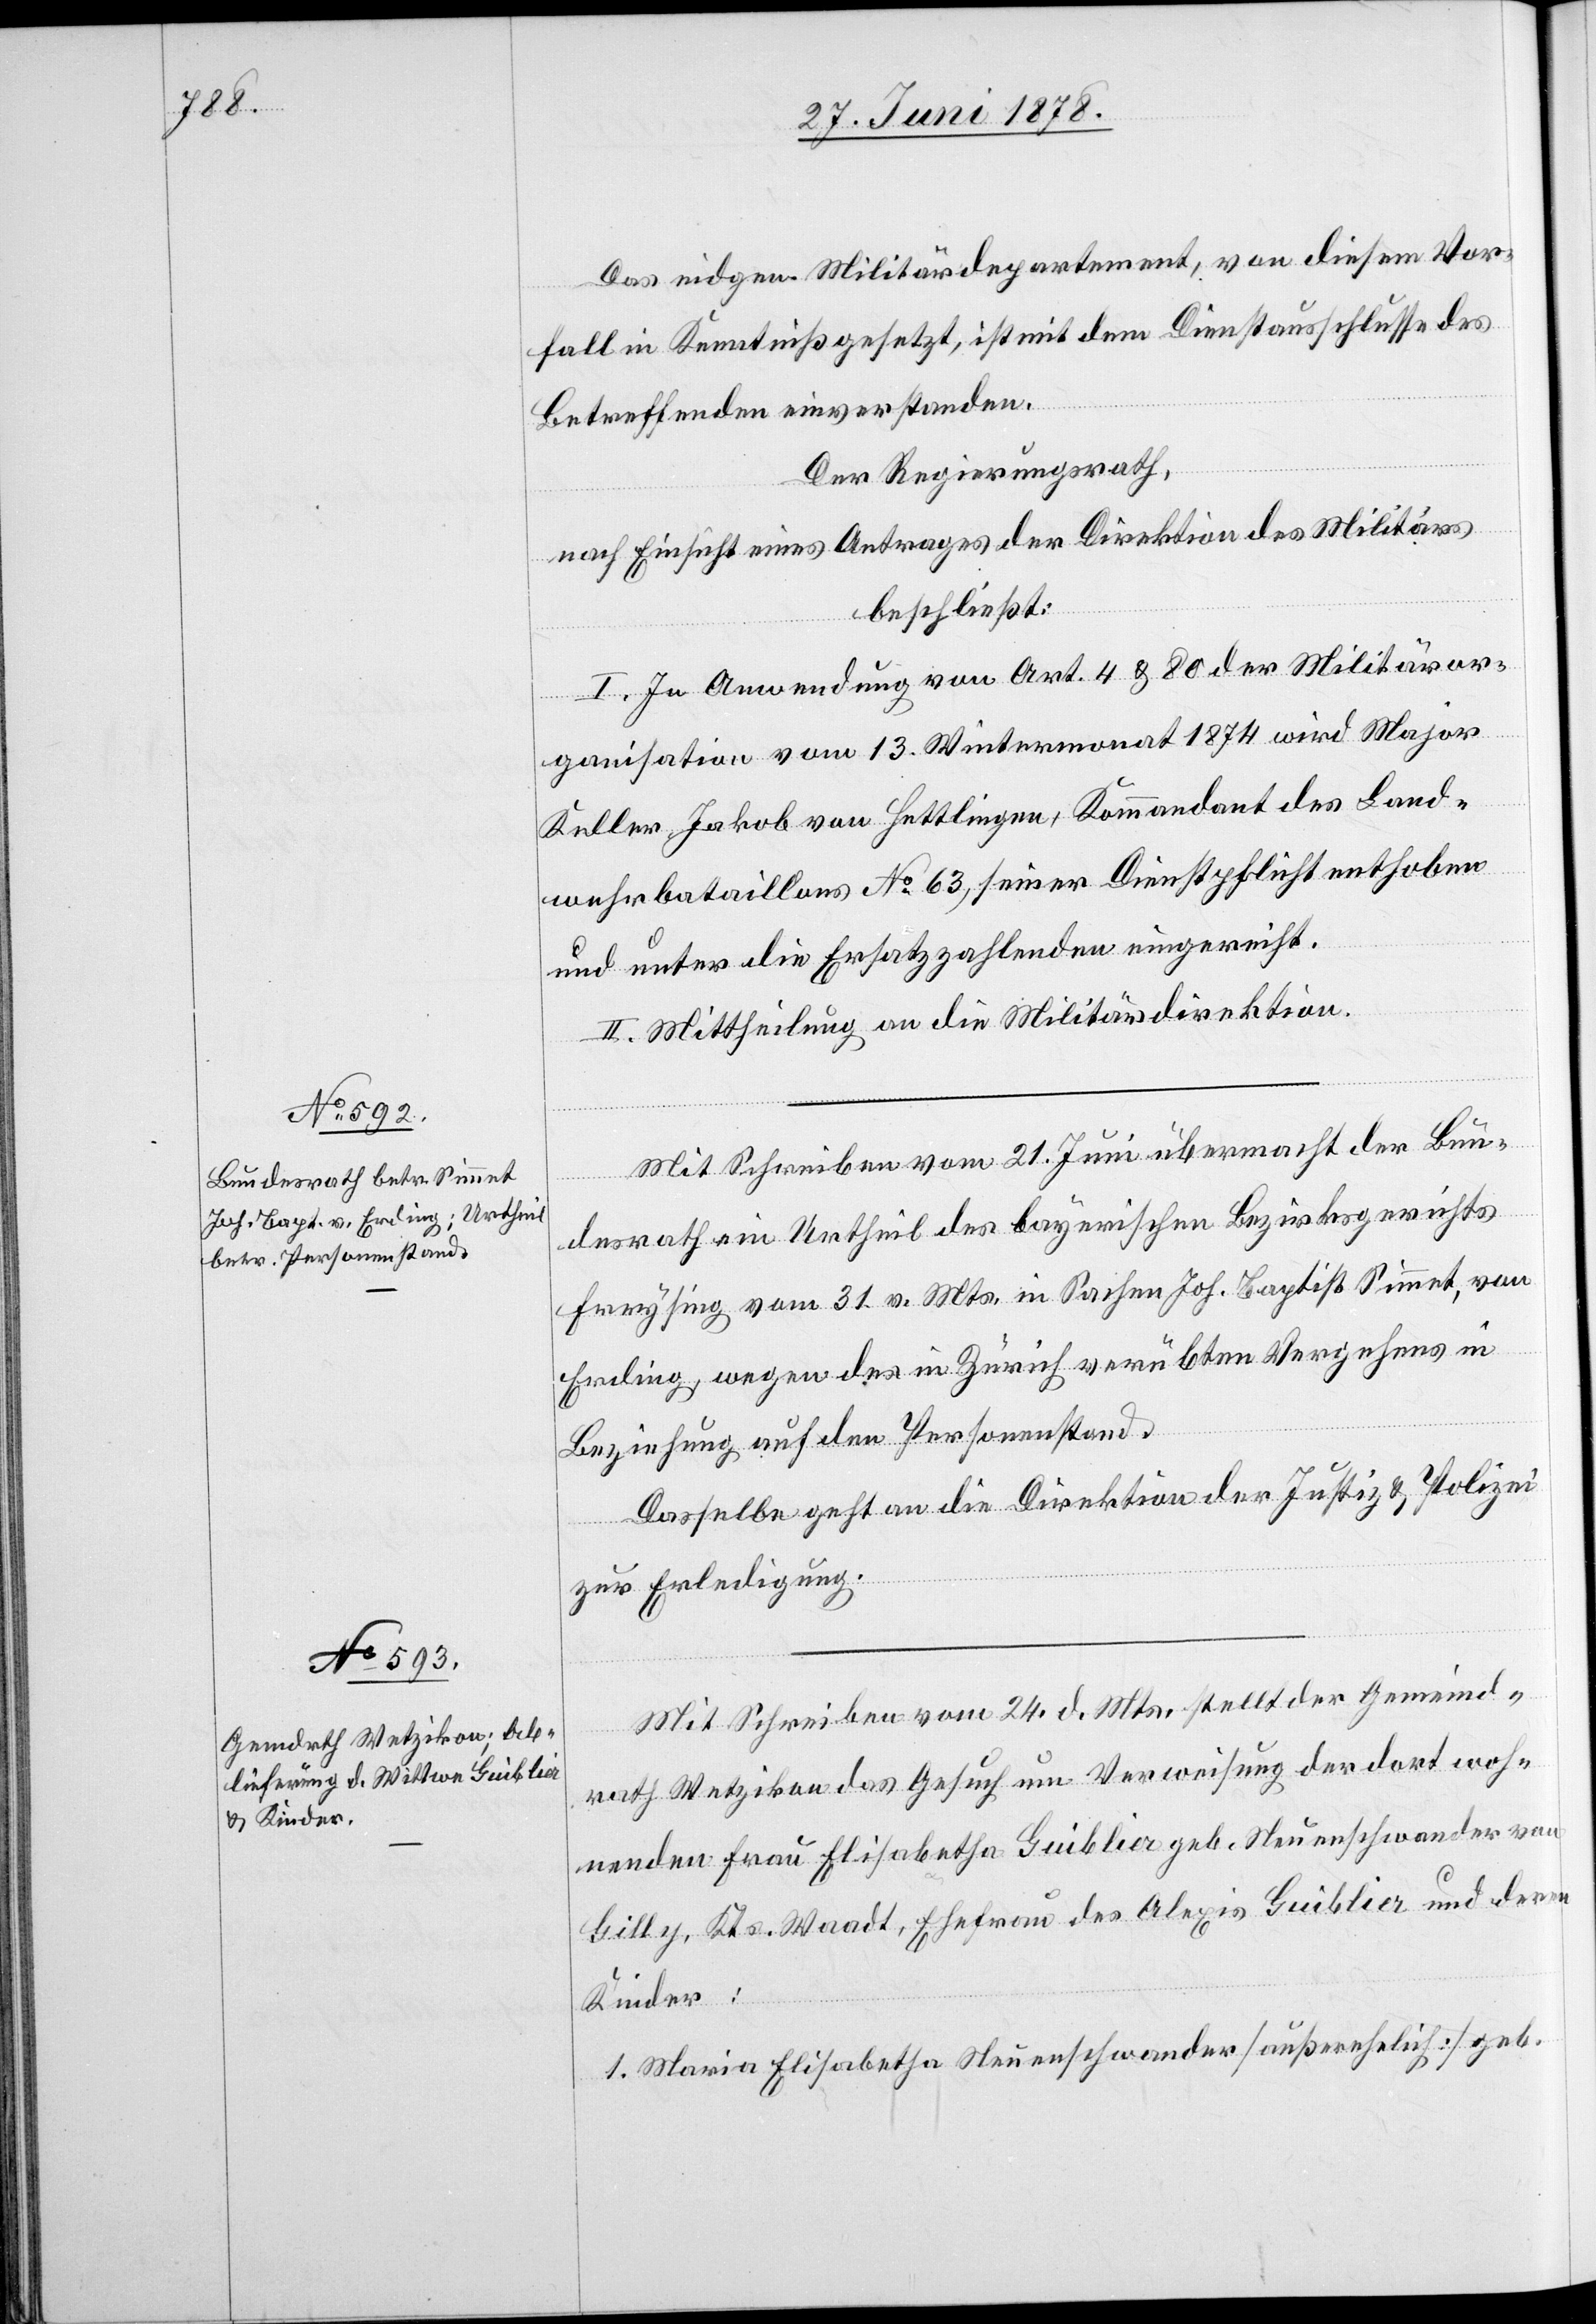
Das eidgen. Militärdepartement, von diesem Vor¬
fall in Kenntniß gesetzt, ist mit dem Dienstausschlusse des
Betreffenden einverstanden.
Der Regierungsrath,
nach Einsicht eines Antrages der Direktion des Militärs
beschließt:
I. In Anwendung von Art. 4 & 80 der Militäror¬
ganisation vom 13. Wintermonat 1874 wird Major
Keller, Jakob von Hettlingen, Kommandant des Land¬
wehrbataillons No 63, seiner Dienstpflicht enthoben
und unter die Ersatzzahlenden eingereiht.
II. Mittheilung an die Militärdirektion.
Mit Schreiben vom 21. Juni übermacht der Bun¬
desrath ein Urtheil des bayerischen Bezirksgerichts
Freysing vom 31. v. Mts. in Sachen Joh. Baptist Simmet, von
Erding, wegen des in Zürich verübten Vergehens in
Beziehung auf den Personenstand.
Dasselbe geht an die Direktion der Justiz & Polizei
zur Erledigung.
Mit Schreiben vom 24. d. Mts. stellt der Gemeind¬
rath Wetzikon das Gesuch um Verweisung der dort woh¬
nenden Frau Elisabetha Guiblier geb. Neuenschwander von
Gilly, Kts. Waadt, Ehefrau des Alexis Guiblier und deren
Kinder:
1. Maria Elisabetha Neuenschwander [außerehelich] geb.